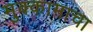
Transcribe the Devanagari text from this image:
मुक्कामाचा